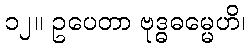
၁၂။ ဥပေတာ ဗုဒ္ဓဓမ္မေဟိ၊